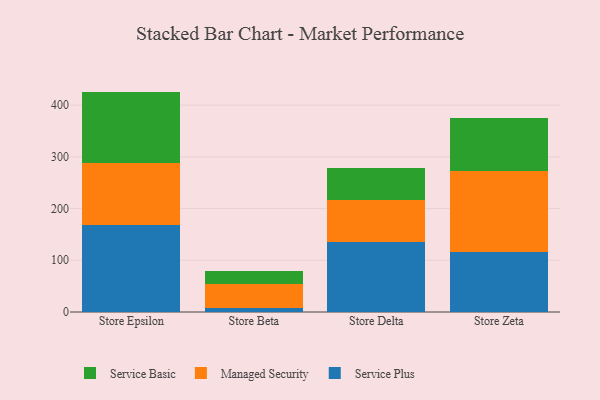
{"axis": {"x": "Store", "y": "Active Users"}, "legend": ["Managed Security", "Service Basic", "Service Plus"], "data": [{"x": "Store Epsilon", "y": 168.6, "type": "Service Plus"}, {"x": "Store Epsilon", "y": 120.0, "type": "Managed Security"}, {"x": "Store Epsilon", "y": 137.6, "type": "Service Basic"}, {"x": "Store Beta", "y": 6.9, "type": "Service Plus"}, {"x": "Store Beta", "y": 47.1, "type": "Managed Security"}, {"x": "Store Beta", "y": 25.0, "type": "Service Basic"}, {"x": "Store Delta", "y": 135.7, "type": "Service Plus"}, {"x": "Store Delta", "y": 81.3, "type": "Managed Security"}, {"x": "Store Delta", "y": 61.9, "type": "Service Basic"}, {"x": "Store Zeta", "y": 116.6, "type": "Service Plus"}, {"x": "Store Zeta", "y": 155.2, "type": "Managed Security"}, {"x": "Store Zeta", "y": 104.1, "type": "Service Basic"}]}